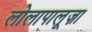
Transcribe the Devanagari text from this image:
लोलापालूज़ा